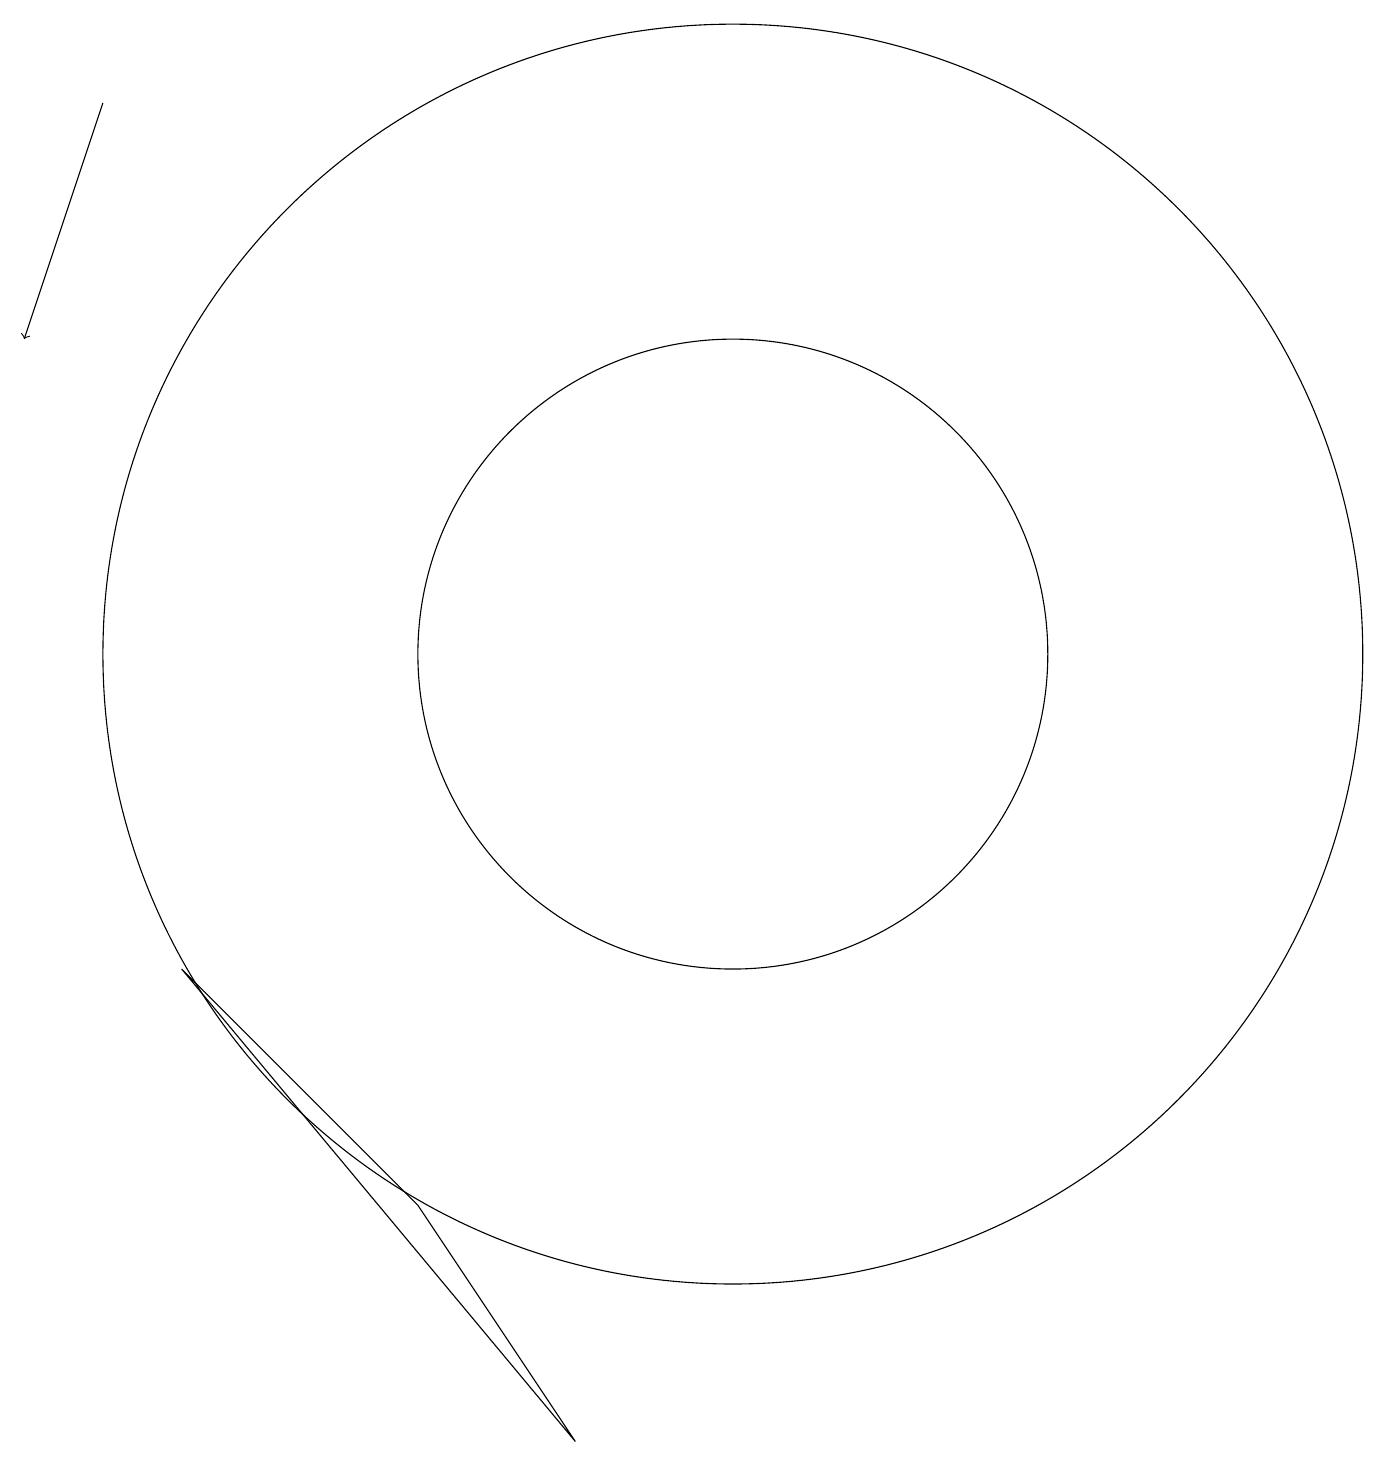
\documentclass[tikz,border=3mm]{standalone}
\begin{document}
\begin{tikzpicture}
\draw (9,1) -- (7,4) -- (4,7) -- cycle;
\draw (11,11) circle (4);
\draw (11,11) circle (8);
\draw[->] (3,18) -- (2,15);
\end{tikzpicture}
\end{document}